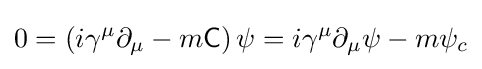
0=\left(i\gamma ^{\mu }\partial _{\mu }-m{\mathsf {C}}\right)\psi =i\gamma ^{\mu }\partial _{\mu }\psi -m\psi _{c}